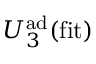
U _ { 3 } ^ { \mathrm { a d } } ( \mathrm { f i t } )